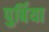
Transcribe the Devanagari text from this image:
पुर्बिया